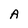
Character: A